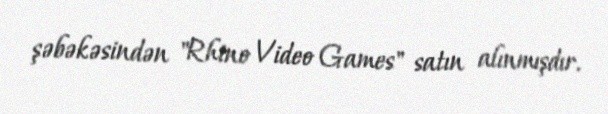
şəbəkəsindən "Rhino Video Games" satın alınmışdır.